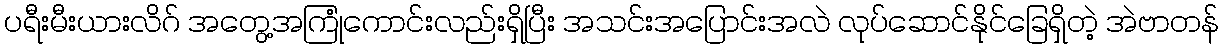
ပရီးမီးယားလိဂ် အတွေ့အကြုံကောင်းလည်းရှိပြီး အသင်းအပြောင်းအလဲ လုပ်ဆောင်နိုင်ခြေရှိတဲ့ အဲဗာတန်